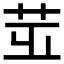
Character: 𦭢